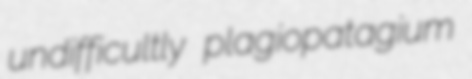
undifficultly plagiopatagium